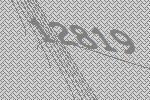
12819